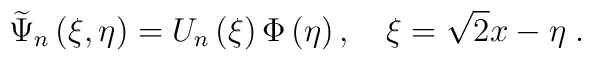
\widetilde{\Psi }_{n}\left( \xi ,\eta \right) =U_{n}\left( \xi \right) \Phi\left( \eta \right) ,\quad \xi =\sqrt{2}x-\eta \;.